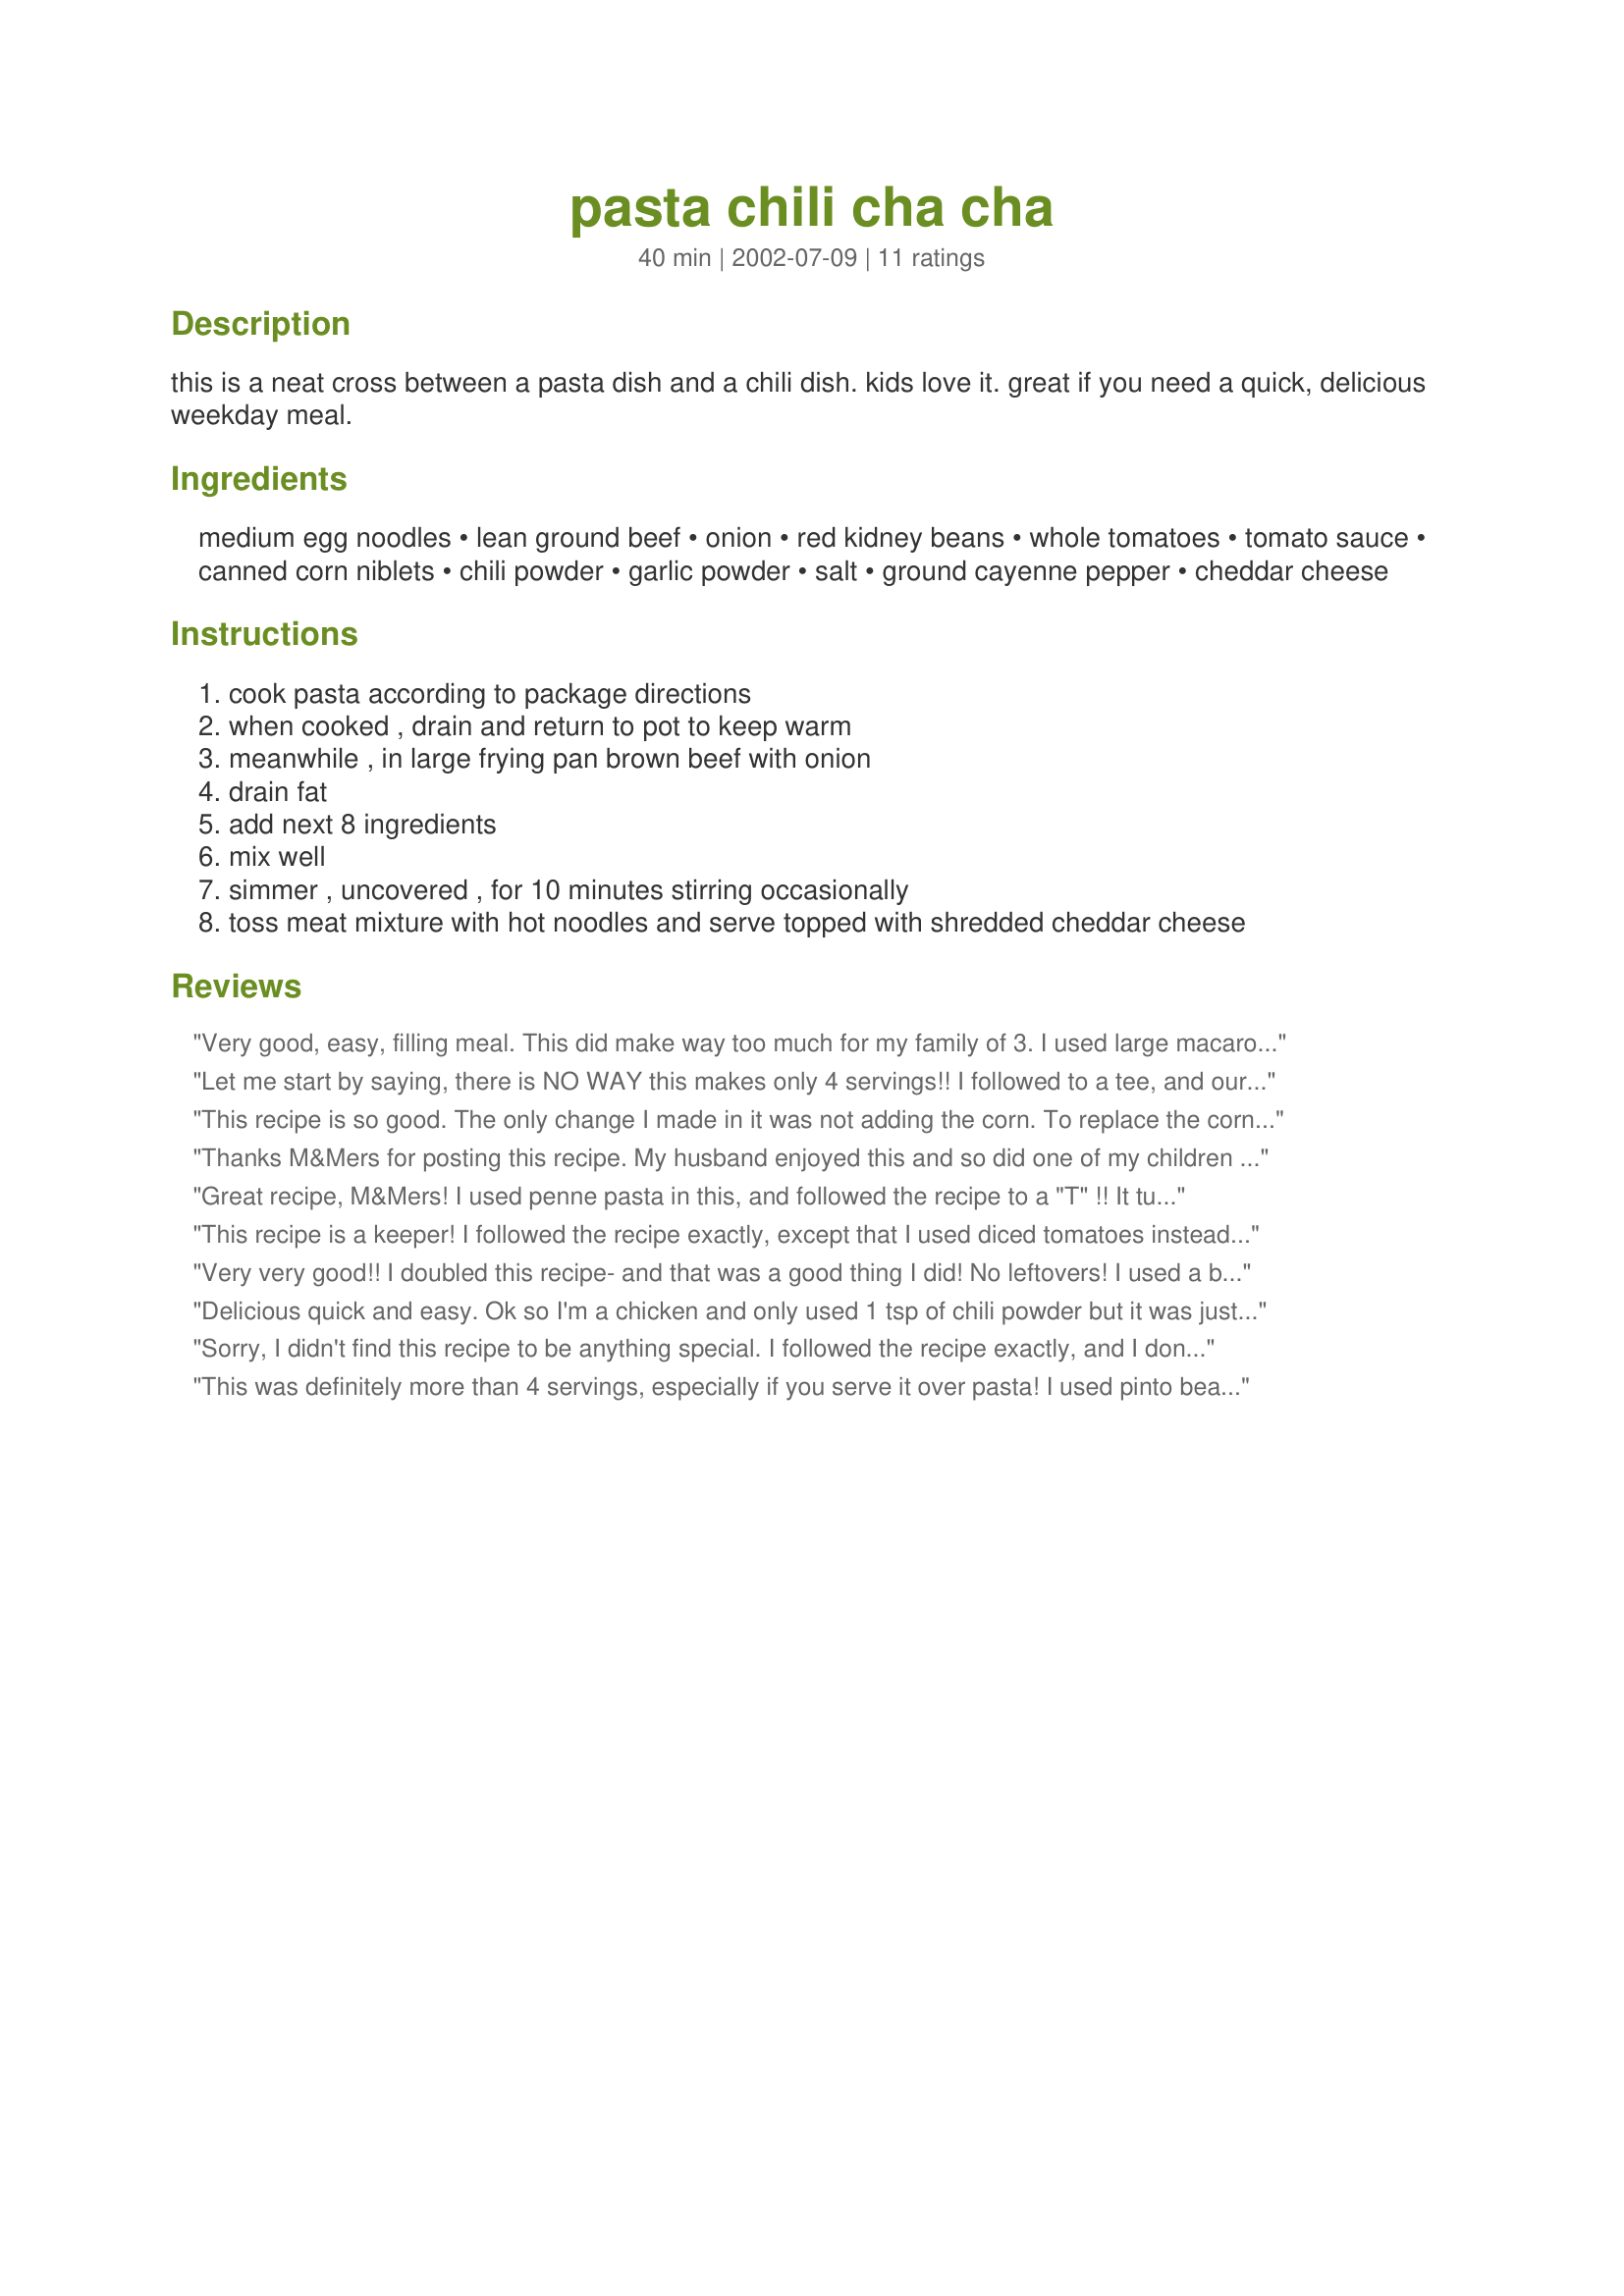
pasta chili cha cha
Preparation time: 40 minutes

this is a neat cross between a pasta dish and a chili dish. kids love it. great if you need a quick, delicious weekday meal.

Ingredients:
medium egg noodles, lean ground beef, onion, red kidney beans, whole tomatoes, tomato sauce, canned corn niblets, chili powder, garlic powder, salt, ground cayenne pepper, cheddar cheese

Steps:
cook pasta according to package directions, when cooked , drain and return to pot to keep warm, meanwhile , in large frying pan brown beef with onion, drain fat, add next 8 ingredients, mix well, simmer , uncovered , for 10 minutes stirring occasionally, toss meat mixture with hot noodles and serve topped with shredded cheddar cheese

Reviews:
Very good, easy, filling meal. This did make way too much for my family of 3. I used large macaroni, diced tomatoes, no cayenne (didn't have any). Really enjoyed this, thank-you.
Let me start by saying, there is NO WAY this makes only 4 servings!! I followed to a tee, and our family of four at healthy portions and still had enough for a second meal!! HUGE! The only changes I made was to use macaroni, cut the chili powder to 1 TBSP and the cayenne to 1/8 tsp. Super yummy! Kids loved it!! Thank you!
This recipe is so good. The only change I made in it was not adding the corn. To replace the corn, I added another can of beans. Turned out great. Thanks M&M for the recipe.
Thanks M&Mers for posting this recipe. My husband enjoyed this and so did one of my children and I. Not sure why but the can measurements were confusing with the way the cans were here in US supermarkets. As others have posted this makes a lot but we have slated it for 2 meals for 4. If others need can size help this is what we used
12oz pkg egg noodles
1 lb ground turkey
1 can (15.5 oz) kidney beans
1 can (15.5 oz)DICED tomatoes
1 can (15 oz) tomato sauce
I can (15.25 oz) corn niblets 
same spices and cheese amounts. If you like it saucier add more as we used less than called for. It was definitely a meal we will make on a weekday again.
ChefDLH
Great recipe, M&Mers! I used penne pasta in this, and followed the recipe to a "T" !! It turned out wonderful! DH loved it and next time I make it, I'll add a bit more cayenne pepper since we like things hot! Thanks for sharing! I can tell you it will be made often!
This recipe is a keeper! I followed the recipe exactly, except that I used diced tomatoes instead of whole. I was a bit skeptical that the cayenne pepper might be too much for my family,but they loved it! I found myself sneaking some of the leftovers before bed--couldn't resist! Thanks for submitting this!
Very very good!! I doubled this recipe- and that was a good thing I did! No leftovers! I used a box of rotini for the noodles. Plus, we didn't have any kidney beans, so I had to leave those out. At first, I just had a bowl of it before I even added the noodles--that in itself it great! Thank you very much for posting this! I will make this again!

Delicious quick and easy. Ok so I'm a chicken and only used 1 tsp of chili powder but it was just the right amount of 'hot' for my family. I used fresh fettucine pasta and other than the smaller amount of chili powder followed the recipe to a T.
Thanks for posting.
Sorry, I didn't find this recipe to be anything special. I followed the recipe exactly, and I don't know what would have made it more appealing to our family. Perhaps some more cayenne pepper or some salsa?
This was definitely more than 4 servings, especially if you serve it over pasta! I used pinto beans instead of kidney, and diced tomatoes instead of whole, and next time I'll most likely use ground turkey instead of beef.
I made a few slight changes to the recipe to suit our tastes and we really enjoyed this meal. I used a whole box of elbow macaroni, I omitted the onions (I'm not a fan of onions), I used dices tomatoes rather than whole and I substituted the spices for about 3/4 package of taco seasoning. Easy quick meal. I also did add the kidney bean. Thanks for a great idea.
